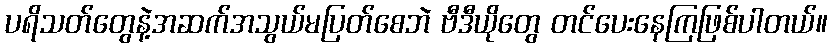
ပရိသတ်တွေနဲ့အဆက်အသွယ်မပြတ်စေဘဲ ဗီဒီယိုတွေ တင်ပေးနေကြဖြစ်ပါတယ်။